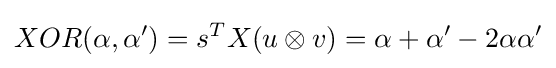
XOR(\alpha ,\alpha ')=s^{T}X(u\otimes v)=\alpha +\alpha '-2\alpha \alpha '